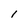
Character: I